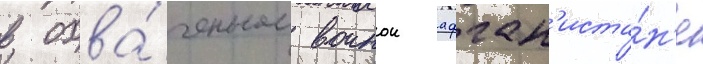
в охва́ченном воинои афган'иста́н'е